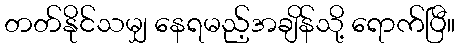
တတ်နိုင်သမျှ နေရမည့်အချိန်သို့ ရောက်ပြီ။